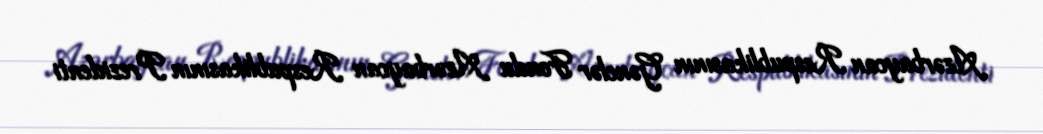
Azərbaycan Respublikasının Gənclər Fondu Azərbaycan Respublikasının Prezidenti